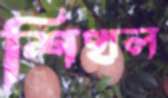
শিখল